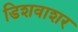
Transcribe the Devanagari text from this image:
डिशवाशर